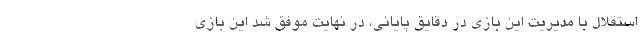
استقلال با مدیریت این بازی در دقایق پایانی، در نهایت موفق شد این بازی